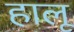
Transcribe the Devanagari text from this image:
हालू